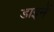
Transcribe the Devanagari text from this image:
डाइनें